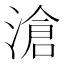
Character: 滄